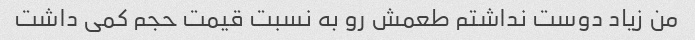
من زیاد دوست نداشتم طعمش رو به نسبت قیمت‌ حجم کمی داشت